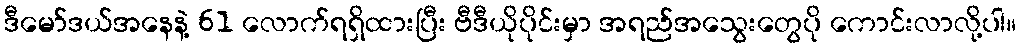
ဒီမော်ဒယ်အနေနဲ့ 61 လောက်ရရှိထားပြီး ဗီဒီယိုပိုင်းမှာ အရည်အသွေးတွေပို ကောင်းလာလို့ပါ။